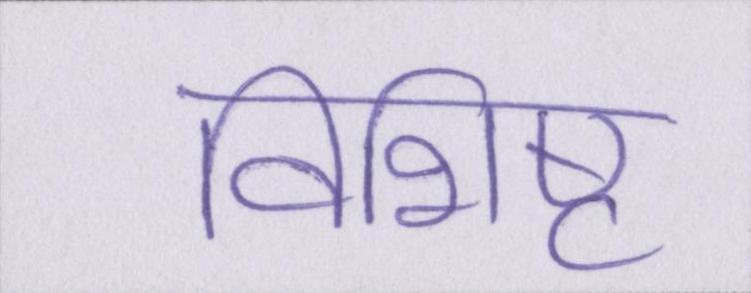
विशिष्ट